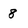
Character: 8